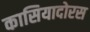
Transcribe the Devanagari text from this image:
कासियादोरस